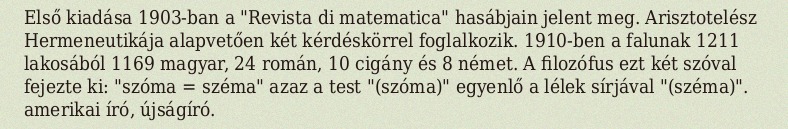
Első kiadása 1903-ban a "Revista di matematica" hasábjain jelent meg. Arisztotelész Hermeneutikája alapvetően két kérdéskörrel foglalkozik. 1910-ben a falunak 1211 lakosából 1169 magyar, 24 román, 10 cigány és 8 német. A filozófus ezt két szóval fejezte ki: "szóma = széma" azaz a test "(szóma)" egyenlő a lélek sírjával "(széma)". amerikai író, újságíró.